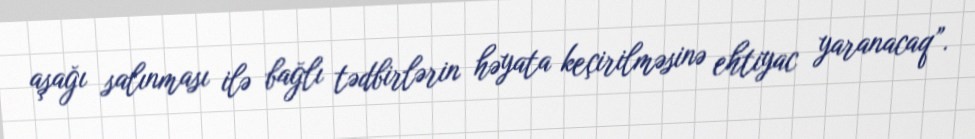
aşağı salınması ilə bağlı tədbirlərin həyata keçirilməsinə ehtiyac yaranacaq”.